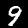
Digit: 9